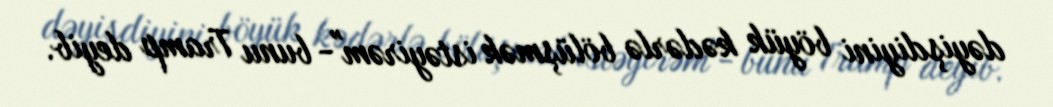
dəyişdiyini böyük kədərlə bölüşmək istəyirəm"- bunu Tramp deyib.